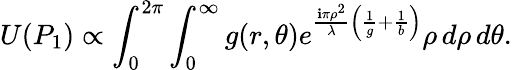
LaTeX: U(P_{1})\propto\int_{0}^{2\pi}\int_{0}^{\infty}g(r,\theta)e^{{\frac{\mathbf{i}\pi\rho^{2}}{\lambda}}\left({\frac{1}{g}}+{\frac{1}{b}}\right)}\rho\, d\rho\, d\theta.